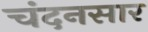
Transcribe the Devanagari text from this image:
चंदनसार